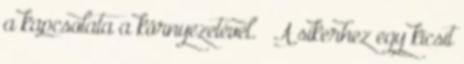
a kapcsolata a környezetével. — A sikerhez egy kicsit